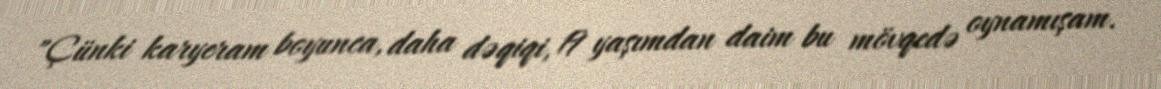
"Çünki karyeram boyunca, daha dəqiqi, 19 yaşımdan daim bu mövqedə oynamışam.